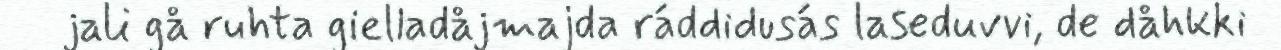
jali gå ruhta gielladåjmajda ráddidusás laseduvvi, de dåhkki